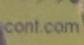
cont.com